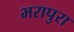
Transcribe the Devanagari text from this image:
भरापुरा